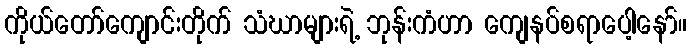
ကိုယ်တော်ကျောင်းတိုက် သံဃာများရဲ့ ဘုန်းကံဟာ ကျေနပ်စရာပေါ့နော်။